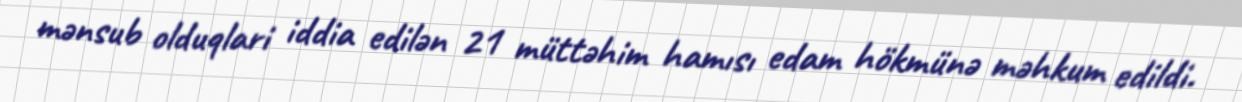
mənsub olduqlari iddia edilən 21 müttəhim hamısı edam hökmünə məhkum edildi.